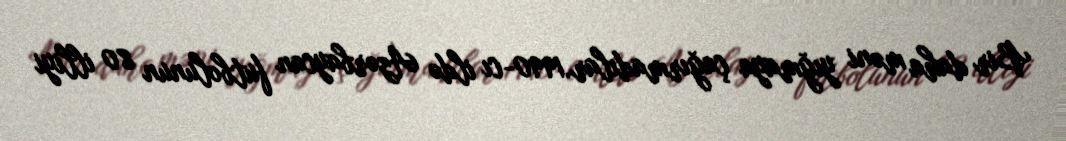
Bir daha məni yığmaya çağırmadılar.1990-cı ildə Azərbaycan futbolunun 80 illiyi